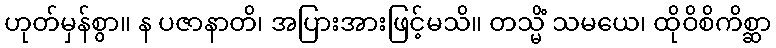
ဟုတ်မှန်စွာ။ န ပဇာနာတိ၊ အပြားအားဖြင့်မသိ။ တသ္မိံ သမယေ၊ ထိုဝိစိကိစ္ဆာ